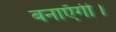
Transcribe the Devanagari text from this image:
बनाएँगी।